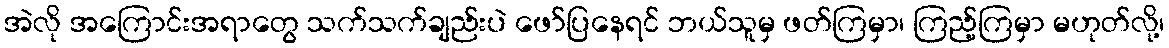
အဲလို အကြောင်းအရာတွေ သက်သက်ချည်းပဲ ဖော်ပြနေရင် ဘယ်သူမှ ဖတ်ကြမှာ၊ ကြည့်ကြမှာ မဟုတ်လို့၊